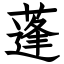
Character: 蓬